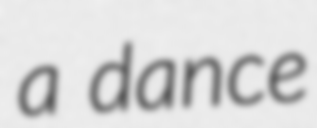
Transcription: a dance